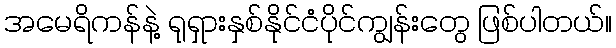
အမေရိကန်နဲ့ ရုရှားနှစ်နိုင်ငံပိုင်ကျွန်းတွေ ဖြစ်ပါတယ်။